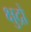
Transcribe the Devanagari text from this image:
क्षुद्रो